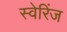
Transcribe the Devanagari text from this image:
स्वेरिंज